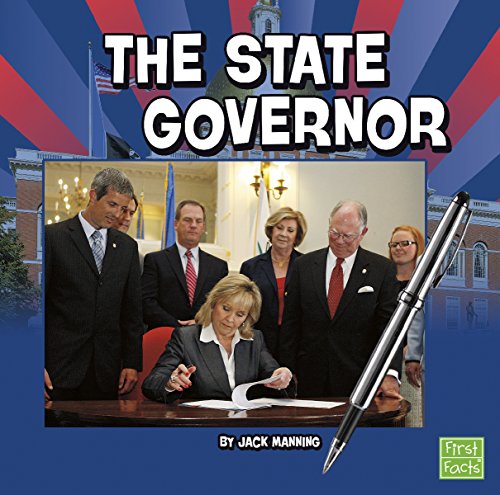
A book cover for The State Governor (Our Government); Jack Manning; Children's Books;